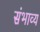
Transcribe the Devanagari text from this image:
संभाव्‍य